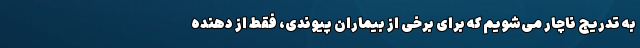
به تدریج ناچار می‌شویم که برای برخی از بیماران پیوندی، فقط از دهنده